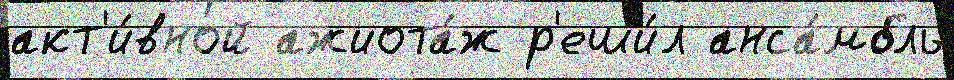
акт'и́вной ажиота́ж р'еши́л анса́мбль